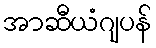
အာဆီယံဂျပန်